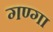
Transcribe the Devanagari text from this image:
गण्गा